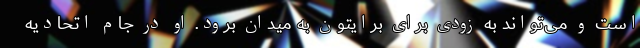
است و می‌تواند به زودی برای برایتون به میدان برود. او در جام اتحادیه